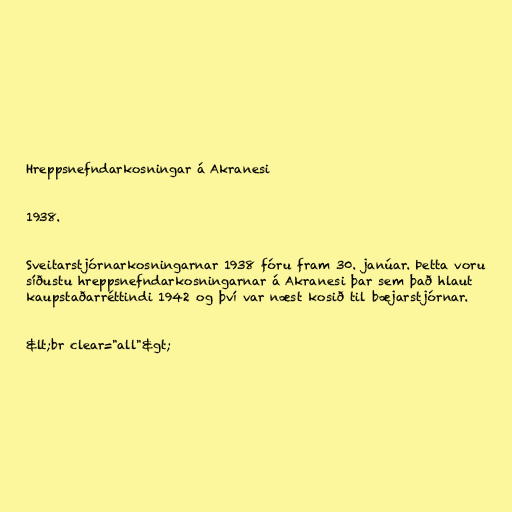
Hreppsnefndarkosningar á Akranesi

1938.

Sveitarstjórnarkosningarnar 1938 fóru fram 30. janúar. Þetta voru
síðustu hreppsnefndarkosningarnar á Akranesi þar sem það hlaut
kaupstaðarréttindi 1942 og því var næst kosið til bæjarstjórnar.

&lt;br clear="all"&gt;